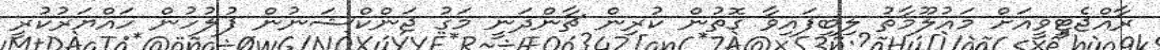
ރާއްޖެޓީވީއަށް މައުލޫމާތު ލިބިފައިވާ ގޮތުން ކުރިން ޗާންދަނީ މަގު ޖަންކްޝަނުން ފުލުހުން ހައްޔަރުކުރީ